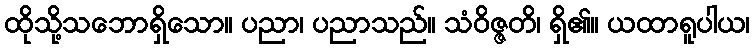
ထိုသို့သဘောရှိသော။ ပညာ၊ ပညာသည်။ သံဝိဇ္ဇတိ၊ ရှိ၏။ ယထာရူပါယ၊